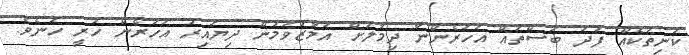
ކަނިތަކެއް ފަދަ ބަސްތައް އަހަރެންނާ ދިމާލަށް އަމާޒުވަމުން ދިޔައިރު އަހަރެން ހުރީ ހަނެވެ.